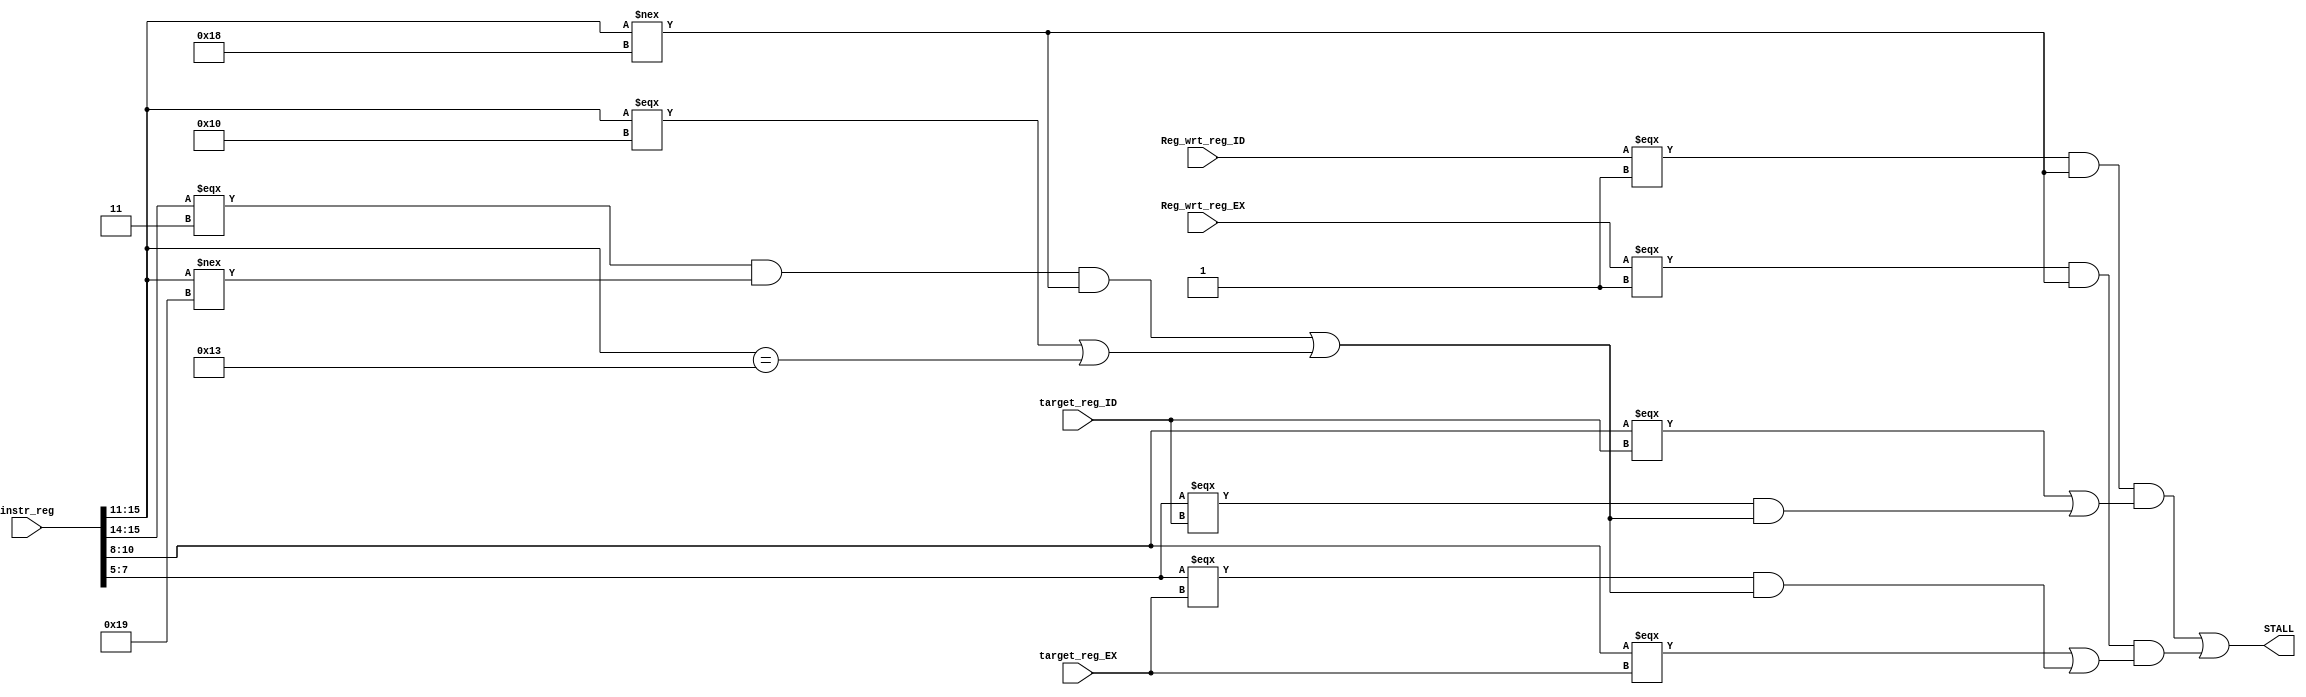
module stall_detector (instr_reg, Reg_wrt_reg_ID, target_reg_ID, Reg_wrt_reg_EX, target_reg_EX, STALL);
input [15:0] instr_reg;
input Reg_wrt_reg_ID, Reg_wrt_reg_EX;
// input [1:0] Alu_src_reg;
input [2:0] target_reg_ID, target_reg_EX; 
// input [4:0] Alu_op_reg; 
output STALL;

wire Rt_valid;
assign Rt_valid = ((instr_reg[15:14] === 2'b11) & (instr_reg[15:11] !== 5'b11001) & (instr_reg[15:11] !== 5'b11000)) | ((instr_reg[15:11] === 5'b10000) | (instr_reg[15:11] == 5'b10011));

wire IDEX_wrt;
wire IDEX_Rs;
wire IDEX_Rt;
wire IDEX_stall;
assign IDEX_wrt = (Reg_wrt_reg_ID === 1'b1) & (instr_reg[15:11] !== 5'b11000); 
assign IDEX_Rs = (instr_reg[10:8] === target_reg_ID);
assign IDEX_Rt = (instr_reg[7:5] === target_reg_ID) & (Rt_valid);
assign IDEX_stall = IDEX_wrt & (IDEX_Rs | IDEX_Rt);

wire EXM_wrt;
wire EXM_Rs;
wire EXM_Rt;
wire EXM_stall;
assign EXM_wrt = (Reg_wrt_reg_EX === 1'b1) & (instr_reg[15:11] !== 5'b11000);
assign EXM_Rs = (instr_reg[10:8] === target_reg_EX);
assign EXM_Rt = (instr_reg[7:5] === target_reg_EX) & (Rt_valid);
assign EXM_stall = EXM_wrt & (EXM_Rs | EXM_Rt);

assign STALL = IDEX_stall | EXM_stall; 

endmodule